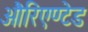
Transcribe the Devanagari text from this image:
औरिएण्टेड